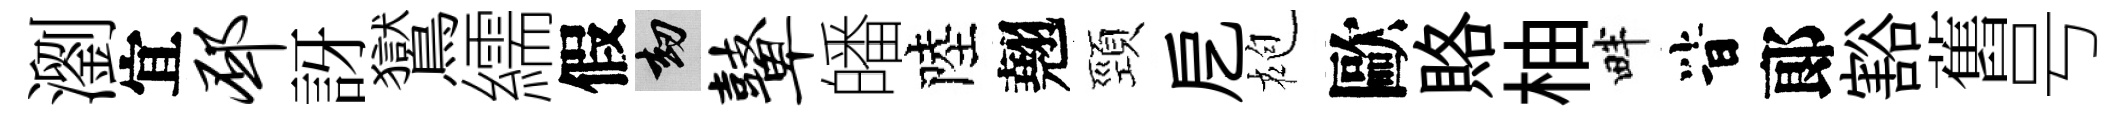
瀏宜邳訝鸑繻假劫鼙皤陸翹頸戹袍歐賂柚畔𣅜郞豁舊号